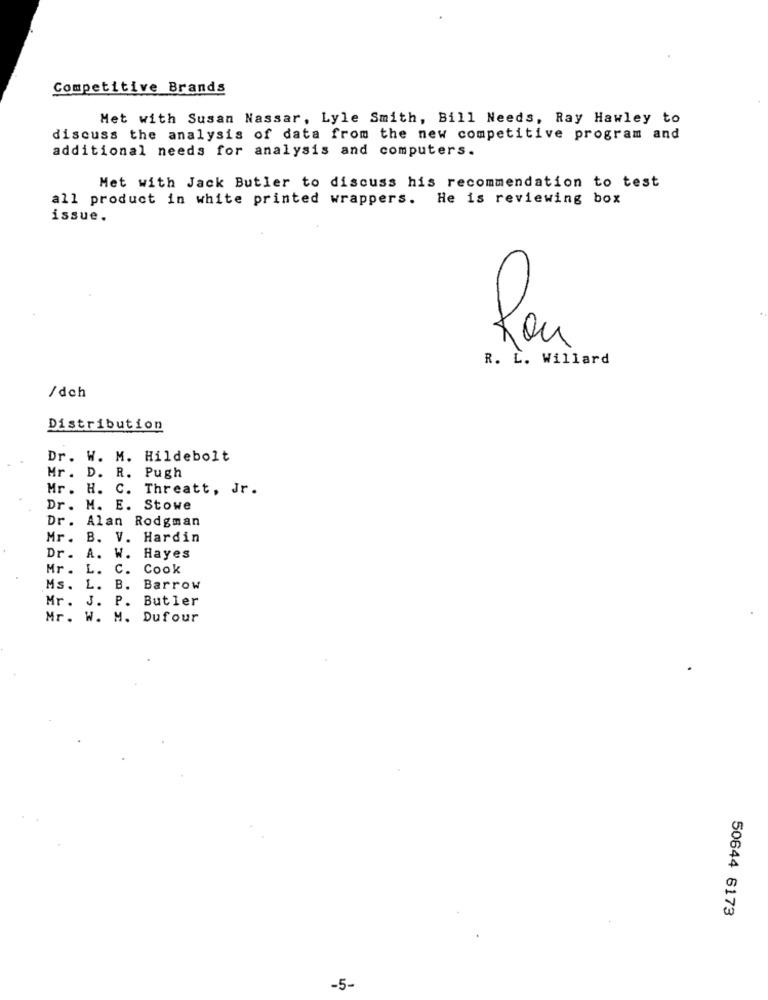
Competitive Brands
Met with Susan Nassar, Lyle Smith, Bill Needs, Ray Hawley to
discuss the analysis of data from the new competitive program and
additional needs for analysis and computers.
Met with Jack Butler to discuss his recommendation to test
all product in white printed wrappers. He is reviewing box
issue.
R. L. Willard
/dch
Distribution
Dr. W. M. Hildebolt
Mr . D. R. Pugh
Mr. H. C. Threatt, Jr.
Dr. M. E. Stowe
Dr. Alan Rodgman
Mr. B. V. Hardin
Dr. A. W. Hayes
Mr. L. C. Cook
Ms. L. B. Barrow
Mr. J. P. Butler
Mr. W. M. Dufour
50644 6173
-5-